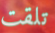
تلقت